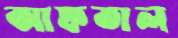
আফতাল